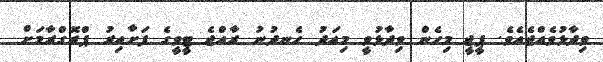
ވިދާޅުވެއްޖެއެވެ. ޕީޖީ މިހެން ވިދާޅުވީ މިއަދު ހެނދުނު ރާއްޖެ ޓީވީގެ ފަށާއިރު ޕްރޮގްރާމަށް